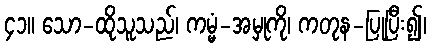
၄၁။ သော-ထိုသူသည်၊ ကမ္မံ-အမှုကို၊ ကတုန-ပြုပြီး၍၊